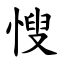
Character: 㥰